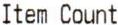
ITEM COUNT